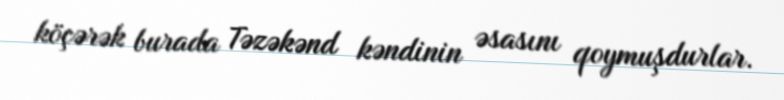
köçərək burada Təzəkənd kəndinin əsasını qoymuşdurlar.